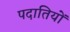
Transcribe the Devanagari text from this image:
पदातियों